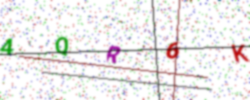
Text: 4QR6K